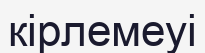
кірлемеуі